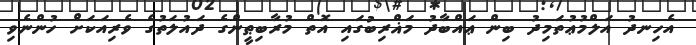
އެހިނދު އަލްމުޢުތަމިދު ބިން ޢައްބާދު މަޣްރިބުގައި އޮތް މުރާބިޠީންގެ ދައުލަތުގެ ވެރިއަކަށް ހުންނެވި